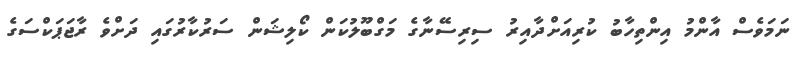
ނަމަވެސް އާންމު އިންތިހާބު ކުރިއަށްދާއިރު ސިރިސޭނާގެ މަގްބޫލުކަން ކޯލިޝަން ސަރުކާރުގައި ދަށްވެ ރާޖަޕަކްސަގެ